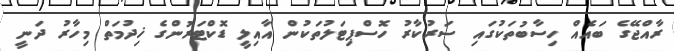
ރާއްޖޭގެ ބައެއް ހިސާބުތަކުގައި ސަރުކާރު ހޮސްޕިޓަލުތަކުން އާއިލީ ޑޮކްޓަރުންގެ ޚިދުމަތް މިހާރު ދަނީ